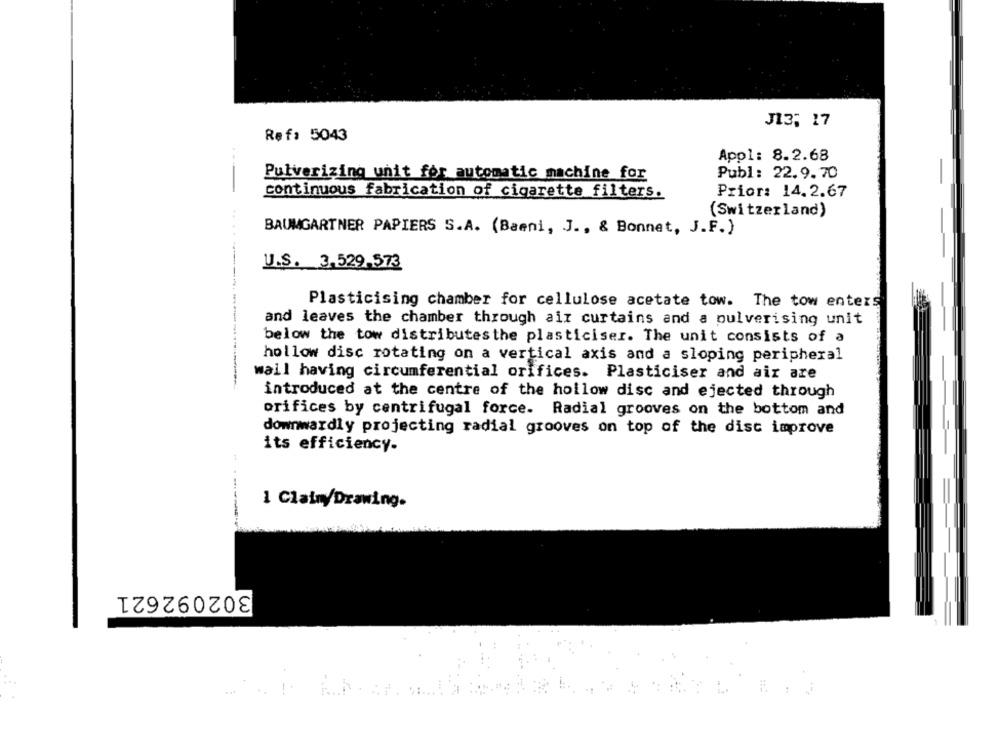
J13, 17
Ref: 5043
Appl: 8.2.68
Publ: 22.9.70
Pulverizing unit for automatic machine for
continuous fabrication of cigarette filters.
Prior: 14.2.67
(Switzerland)
BAUMGARTNER PAPIERS S.A. (Baeni, J ., & Bonnet, J.F.)
U.S. 3.529,573
Plasticising chamber for cellulose acetate tow. The tow enters
and leaves the chamber through air curtains and a pulverising unit
below the tow distributesthe plasticiser. The unit consists of a
hollow disc rotating on a vertical axis and a sloping peripheral
wall having circumferential orifices. Plasticiser and air are
introduced at the centre of the hollow disc and ejected through
orifices by centrifugal force. Radial grooves on the bottom and
downwardly projecting radial grooves on top of the dist improve
its efficiency-
1 Claimy/Drawing.
302092621